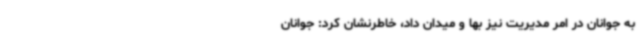
به جوانان در امر مدیریت نیز بها و میدان داد، خاطرنشان کرد: جوانان